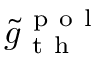
\tilde { g } _ { \mathrm { ~ t ~ h ~ } } ^ { \mathrm { ~ p ~ o ~ l ~ } }